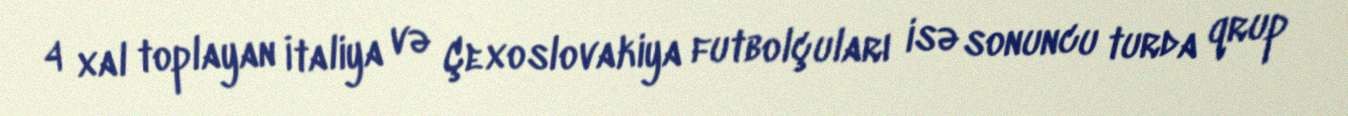
4 xal toplayan İtaliya və Çexoslovakiya futbolçuları isə sonuncu turda qrup